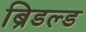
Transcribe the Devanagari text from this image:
ब्रिडल्ड